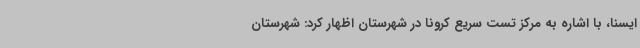
ایسنا، با اشاره به مرکز تست سریع کرونا در شهرستان اظهار کرد: شهرستان